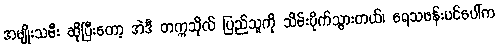
အမျိုးသမီး ဆိုပြီးတော့ အဲဒီ တက္ကသိုလ် ပြည်သူကို သိမ်းပိုက်သွားတယ်၊ ရေသဖန်းပင်ပေါ်က